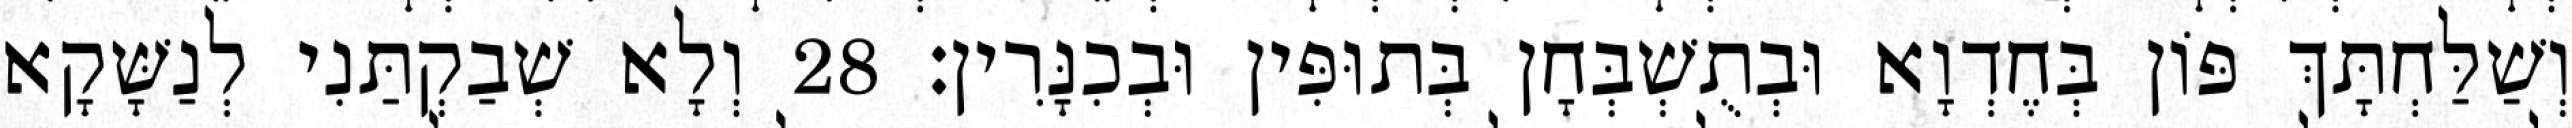
וְשַׁלַּחְתָּךְ פּוֹן בְּחֶדְוָא וּבְתֻשְׁבְּחָן בְּתוּפִּין וּבְכִנָּרִין׃ 28 וְלָא שְׁבַקְתַּנִי לְנַשָּׁקָא